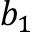
b _ { 1 }